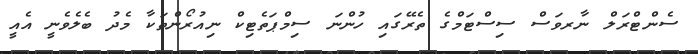
ސެންޓްރަލް ނާރވަސް ސިސްޓަމްގެ ތެރޭގައި ހުންނަ ސިމްޕަތެޓިކް ނިއުރޯންތަކާ މެދު ބެލެވެނީ އެއީ